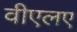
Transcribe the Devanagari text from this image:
वीएलए